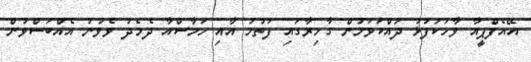
އޭއެފްޕީއާ ވާހަކަފުޅު ދައްކަވަމުން ގާހިރާގައި ފަތުހު އާއި ހަމާސްއާ ދެމެދު ވެވުނު އެއްބަސްވުން